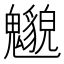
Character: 𲌰